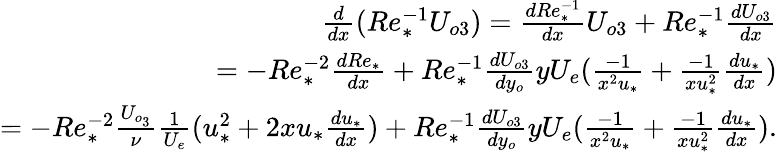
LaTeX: \begin{array}{r}{\frac{d}{dx}(Re_{*}^{-1}U_{o3})=\frac{dRe_{*}^{-1}}{dx}U_{o3}+Re_{*}^{-1}\frac{dU_{o3}}{dx}}\\ {=-Re_{*}^{-2}\frac{dRe_{*}}{dx}+Re_{*}^{-1}\frac{dU_{o3}}{dy_{o}}yU_{e}(\frac{-1}{x^{2}u_{*}}+\frac{-1}{xu_{*}^{2}}\frac{du_{*}}{dx})}\\ {=-Re_{*}^{-2}\frac{U_{o_{3}}}{\nu}\frac{1}{U_{e}}(u_{*}^{2}+2xu_{*}\frac{du_{*}}{dx})+Re_{*}^{-1}\frac{dU_{o3}}{dy_{o}}yU_{e}(\frac{-1}{x^{2}u_{*}}+\frac{-1}{xu_{*}^{2}}\frac{du_{*}}{dx}).}\end{array}